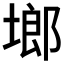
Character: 鿾